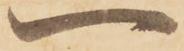
一